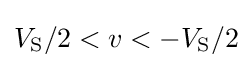
V_{\text{S}}/2<v<-V_{\text{S}}/2